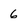
Character: 6